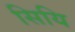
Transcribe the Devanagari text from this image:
सियि